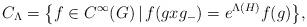
LaTeX: \begin{gather*}C_{\Lambda} = \big\{ f \in C^{\infty}(G) \, | \, f(gxg_-) = e^{\Lambda(H)} f(g) \big\},\end{gather*}